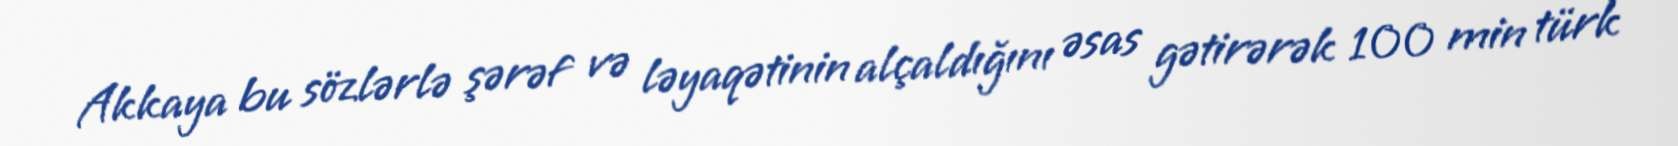
Akkaya bu sözlərlə şərəf və ləyaqətinin alçaldığını əsas gətirərək 100 min türk